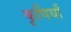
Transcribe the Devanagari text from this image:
कृपियाँ